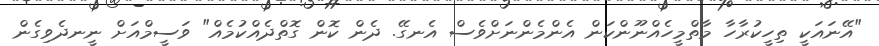
"އޭނައަކީ ތިހީކުރާހާ މާތްމީހެއްނޫންކަން އެންމެންނަށްވެސް އެނގޭ. ދެން ކޮން ގޮތްދެއްކުމެއް" ވަސީމްއަށް ނީނދެވިގެން